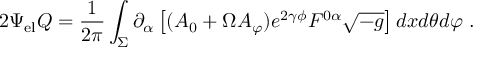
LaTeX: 2 \Psi _ { \mathrm { e l } } Q = \frac { 1 } { 2 \pi } \int _ { \Sigma } \partial _ { \alpha } \left[ ( A _ { 0 } + \Omega A _ { \varphi } ) e ^ { 2 \gamma \phi } F ^ { 0 \alpha } \sqrt { - g } \right] d x d \theta d \varphi \ .